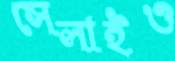
সেলাইও